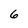
Character: 6